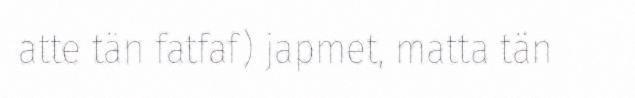
atte tän fatfaf) japmet, matta tän